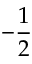
- { \frac { 1 } { 2 } }